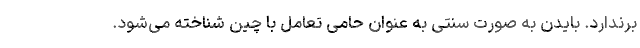
برندارد. بایدن به صورت سنتی به عنوان حامی تعامل با چین شناخته می‌شود.